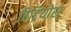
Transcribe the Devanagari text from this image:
विट्रियोस्